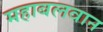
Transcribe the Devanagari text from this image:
महाबलवान